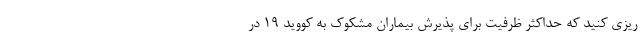
ریزی کنید که حداکثر ظرفیت برای پذیرش بیماران مشکوک به کووید ۱۹ در